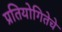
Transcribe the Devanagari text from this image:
प्रतियोगितेचे